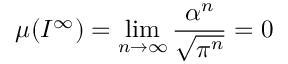
\mu ( I ^ { \infty } ) = \operatorname * { l i m } _ { n \rightarrow \infty } \frac { \alpha ^ { n } } { \sqrt { \pi ^ { n } } } = 0